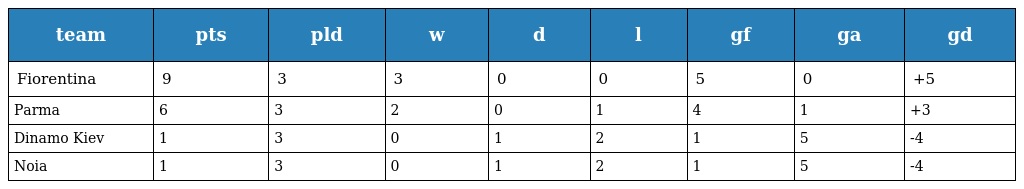
| team | pts | pld | w | d | l | gf | ga | gd |
 | --- | --- | --- | --- | --- | --- | --- | --- | --- |
 | Fiorentina | 9 | 3 | 3 | 0 | 0 | 5 | 0 | +5 |
 | Parma | 6 | 3 | 2 | 0 | 1 | 4 | 1 | +3 |
 | Dinamo Kiev | 1 | 3 | 0 | 1 | 2 | 1 | 5 | -4 |
 | Noia | 1 | 3 | 0 | 1 | 2 | 1 | 5 | -4 |